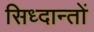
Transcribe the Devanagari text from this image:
सिध्दान्तों